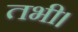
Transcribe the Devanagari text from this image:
तभी।